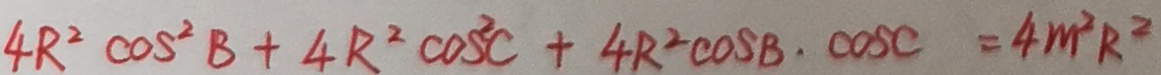
4 R ^ { 2 } \cos ^ { 2 } B + 4 R ^ { 2 } \cos ^ { 2 } C + 4 R ^ { 2 } \cos B \cdot \cos C = 4 m ^ { 2 } R ^ { 2 }